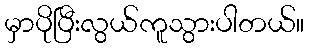
မှာပိုပြီးလွယ်ကူသွားပါတယ်။